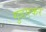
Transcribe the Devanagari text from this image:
गुडएकर